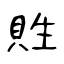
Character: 貹